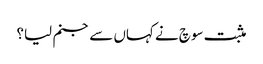
مثبت سوچ نے کہاں سے جنم لیا؟